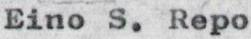
Eino S. Repo